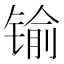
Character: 𨱎